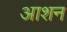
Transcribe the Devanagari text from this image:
आशन